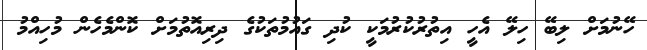
ހޭނުމަށް ލިބޭ ހިލޭ އެހީ އިތުރުކުރުމަކީ ކުދި ގައުމުތަކުގެ ދިރިއޮތުމަށް ކޮންމެހެން މުހިއްމު